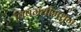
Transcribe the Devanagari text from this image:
विषग्रंथीमधून